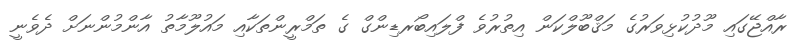
ރާއްޖޭގައި މޫދުކުޅިވަރުގެ މަޤްބޫލްކަން އިތުރުވެ ފްލައިބޯރޑިންގް ގެ ތަމްރީންތަކާއި މައުލޫމާތު އާންމުންނަށް ދެވެނީ